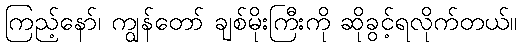
ကြည့်နော်၊ ကျွန်တော် ချစ်မိုးကြီးကို ဆိုခွင့်ရလိုက်တယ်။